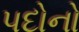
પદોનો